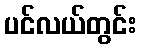
ပင်လယ်တွင်း